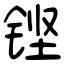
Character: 铿